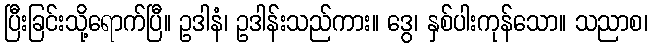
ပြီးခြင်းသို့ရောက်ပြီ။ ဥဒါနံ၊ ဥဒါန်းသည်ကား။ ဒွေ၊ နှစ်ပါးကုန်သော။ သညာစ၊